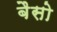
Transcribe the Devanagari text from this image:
बैसो